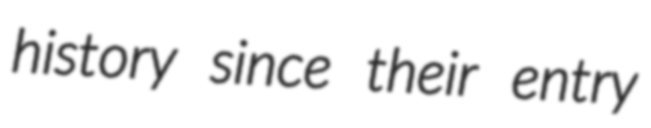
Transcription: history since their entry